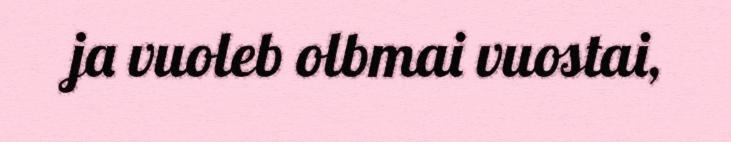
ja vuoleb olbmai vuostai,